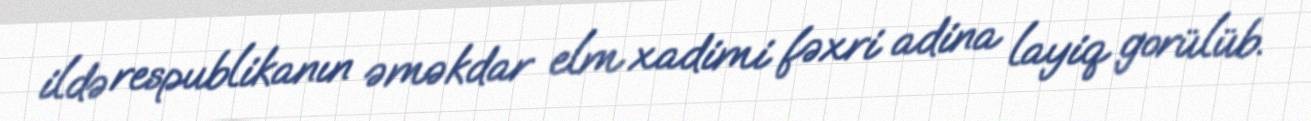
ildə respublikanın əməkdar elm xadimi fəxri adina layiq gorülüb.